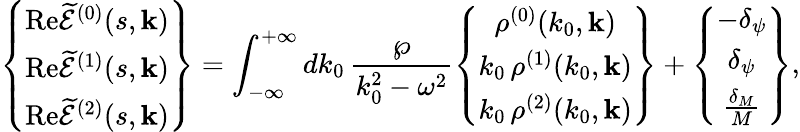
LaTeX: \left\{ \begin{array}{c}{{\mathrm{Re}\widetilde{\mathcal{E}}^{(0)}(s,\mathbf{k})}}\\ {{\mathrm{Re}\widetilde{\mathcal{E}}^{(1)}(s,\mathbf{k})}}\\ {{\mathrm{Re}\widetilde{\mathcal{E}}^{(2)}(s,\mathbf{k})}}\end{array}\right\} =\int_{-\infty}^{+\infty}dk_{0}\, \frac{\wp}{k_{0}^{2}-\omega^{2}}\left\{ \begin{array}{c}{{\rho^{(0)}(k_{0},\mathbf{k})}}\\ {{k_{0}\, \rho^{(1)}(k_{0},\mathbf{k})}}\\ {{k_{0}\, \rho^{(2)}(k_{0},\mathbf{k})}}\end{array}\right\} +\left\{ \begin{array}{c}{{-\delta_{\psi}}}\\ {{\delta_{\psi}}}\\ {{\frac{\delta_{M}}{M}}}\end{array}\right\} ,